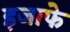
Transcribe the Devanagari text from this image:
इजाफे